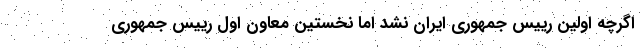
اگرچه اولین رییس جمهوری ایران نشد اما نخستین معاون اول رییس جمهوری